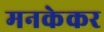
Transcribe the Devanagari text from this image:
मनकेकर